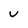
Character: v